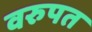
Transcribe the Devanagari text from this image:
वरुपत